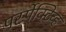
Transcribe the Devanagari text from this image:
पर्स्पेक्टिव्ह